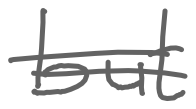
Text: but
Cross-out: double-line
Writing tool: digital_gray